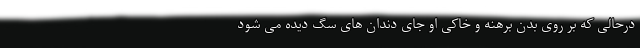
درحالی که بر روی بدن برهنه و خاکی او جای دندان های سگ دیده می شود